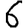
Digit: 6